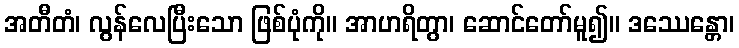
အတီတံ၊ လွန်လေပြီးသော ဖြစ်ပုံကို။ အာဟရိတွာ၊ ဆောင်တော်မူ၍။ ဒဿေန္တော၊